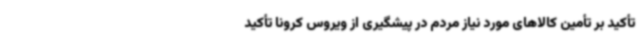
تأکید بر تأمین کالاهای مورد نیاز مردم در پیشگیری از ویروس کرونا تأکید